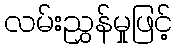
လမ်းညွှန်မှုဖြင့်